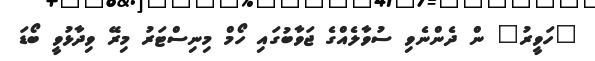
"ހަވީރު" ން ދެންނެވި ސުވާލެއްގެ ޖަވާބުގައި ހޯމް މިނިސްޓަރު މިރޭ ވިދާޅުވީ ބޯޑަ